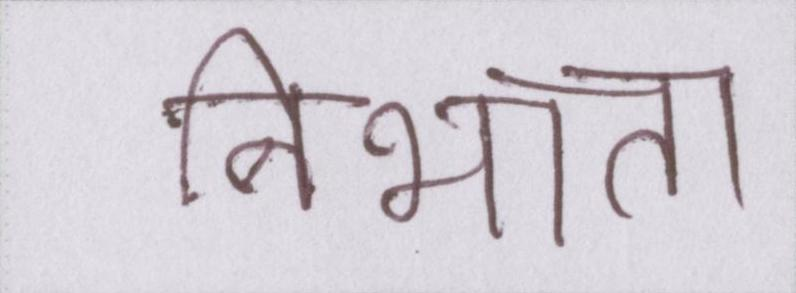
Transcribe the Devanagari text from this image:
निभाता